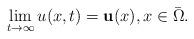
LaTeX: \begin{align*}\lim_{t\rightarrow\infty}u(x,t)=\bold u(x),x\in\bar\Omega.\end{align*}